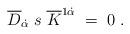
LaTeX: \begin{align*}\overline{D}_{\dot{\alpha}}\;s\;\overline{K}^{1\dot{\alpha}}\;=\;0\;.\end{align*}